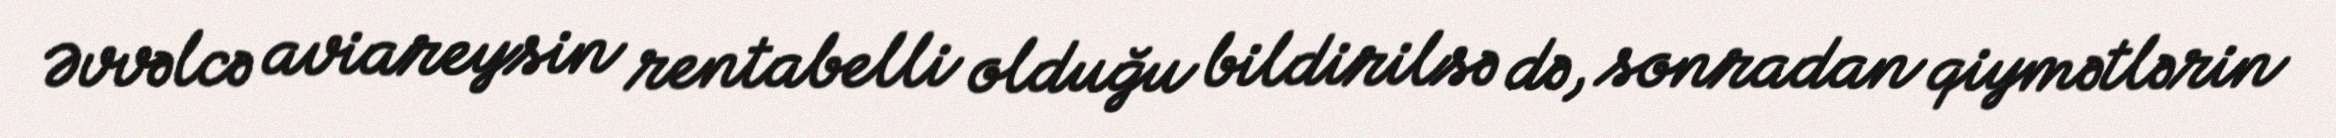
Əvvəlcə aviareysin rentabelli olduğu bildirilsə də, sonradan qiymətlərin